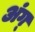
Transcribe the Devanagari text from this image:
अंग्